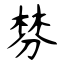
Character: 棼